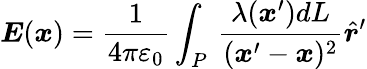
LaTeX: {\boldsymbol{E}}({\boldsymbol{x}})={\frac{1}{4\pi\varepsilon_{0}}}\int_{P}\, {\frac{\lambda({\boldsymbol{x}}^{\prime})dL}{({\boldsymbol{x}}^{\prime}-{\boldsymbol{x}})^{2}}}{\hat{\boldsymbol{r}}}^{\prime}